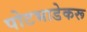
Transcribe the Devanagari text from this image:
पोटभाडेकरू